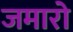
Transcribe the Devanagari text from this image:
जमारो